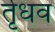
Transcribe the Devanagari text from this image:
र्तृधव